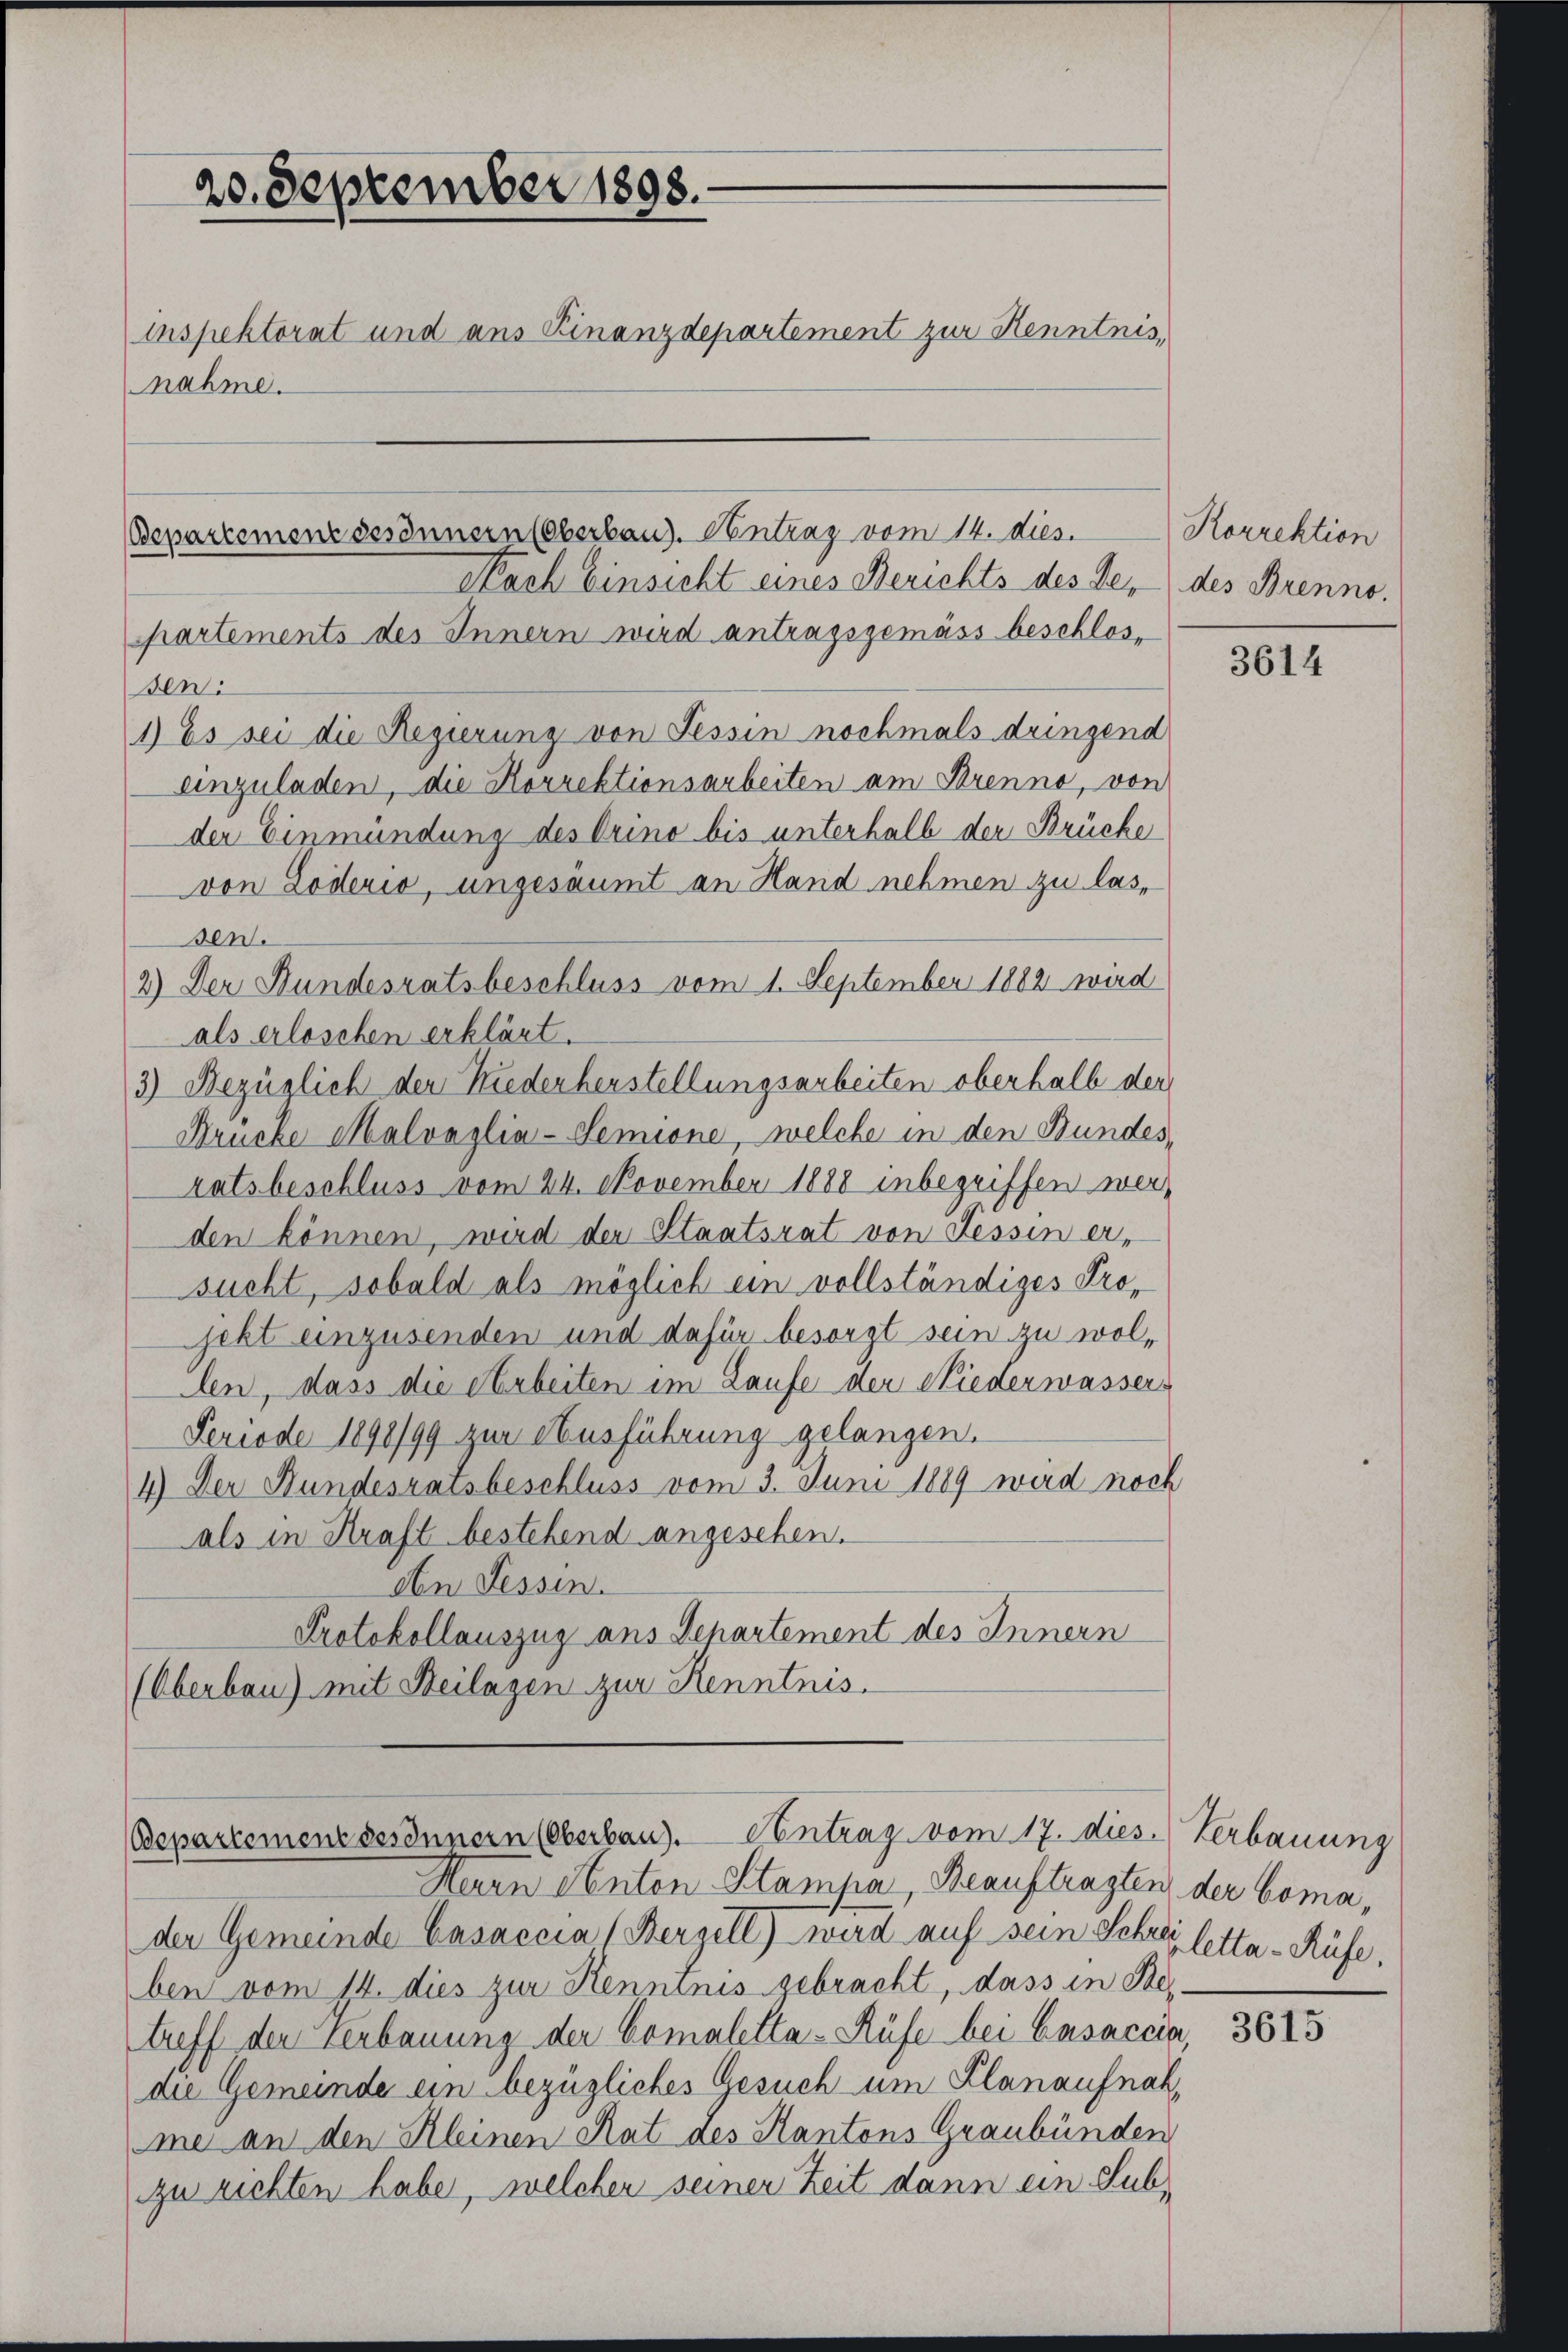
20. September 1898.
inspektorat und aus Finanzdepartement zur Kenntnis,
nahme.

Bepartement desinnern (Oberbaus. Antrag vom 14. dies
Nach Einsicht eines Berichts des Ge¬

partements des Innern wird antragsgemäss beschlos-
sen:
1) Es sei die Regierung von Tessin nochmals dringend
einzuladen, die Korrektionsarbeiten am Brenne, von
der Einmündung des Orino bis unterhalb der Brücke
von Löderio, ungesäumt an Hand nehmen zu lassen.
2) Der Bundesratsbeschluss vom 1. September 1882 wird
als erloschen erklärt.
3) Bezüglich der Niederherstellungsarbeiten oberhalb der
Brücke Malvazlia-Semione, welche in den Bundes,
ratsbeschluss vom 24. November 1888 inbegriffen werden können, wird der Staatsrat von Tessin er-
sucht, sobald als möglich ein vollständiges Projekt einzusenden und dafür besorgt sein zu wollen, dass die Arbeiten im Laufe der Niederwassers
Feriode 1898/99 zur Ausführung gelangen.
4.) Der Bundesratsbeschluss vom 3. Juni 1889 wird noch
als in Kraft bestehend angesehen.
den Fessen.
Protokollauszug aus Departement des Innern
(Oberbau) mit Beilagen zur Kenntnis.

Bepartemenzsesinnern (Oberbau). Antrag vom 17. dies. Verbauung

Herrn Anton Stampa, Beauftragten der boma,
der Gemeinde Casaccia (Berzell) wird auf sein Schrei letta-Rüfe.
ben vom 14. dies zur Kenntnis gebracht, dass in Betreff der Verbauung der Comaletta-Rüfe bei Casaccia,
die Gemeinde ein bezügliches Gesuch um Planaufnahme an den Kleinen Rat des Kantons Graubünden
zu richten habe, welcher seiner Zeit dann ein Sub¬

Korrektion
des Brenno.

3614

3615